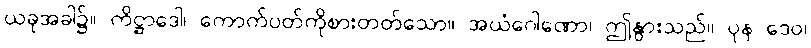
ယခုအခါ၌။ ကိဋ္ဌာဒေါ၊ ကောက်ပတ်ကိုစားတတ်သော။ အယံဂေါဏော၊ ဤနွားသည်။ ပုန ဒေဝ၊